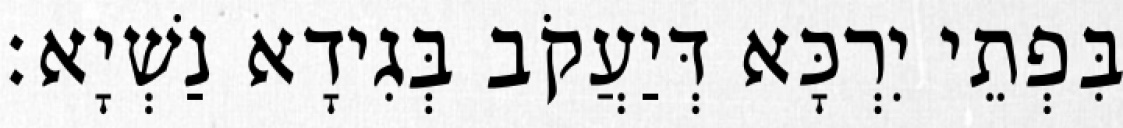
בִּפְתֵי יִרְכָּא דְּיַעֲקֹב בְּגִידָא נַשְׁיָא׃